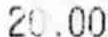
20.00